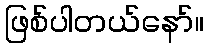
ဖြစ်ပါတယ်နော်။